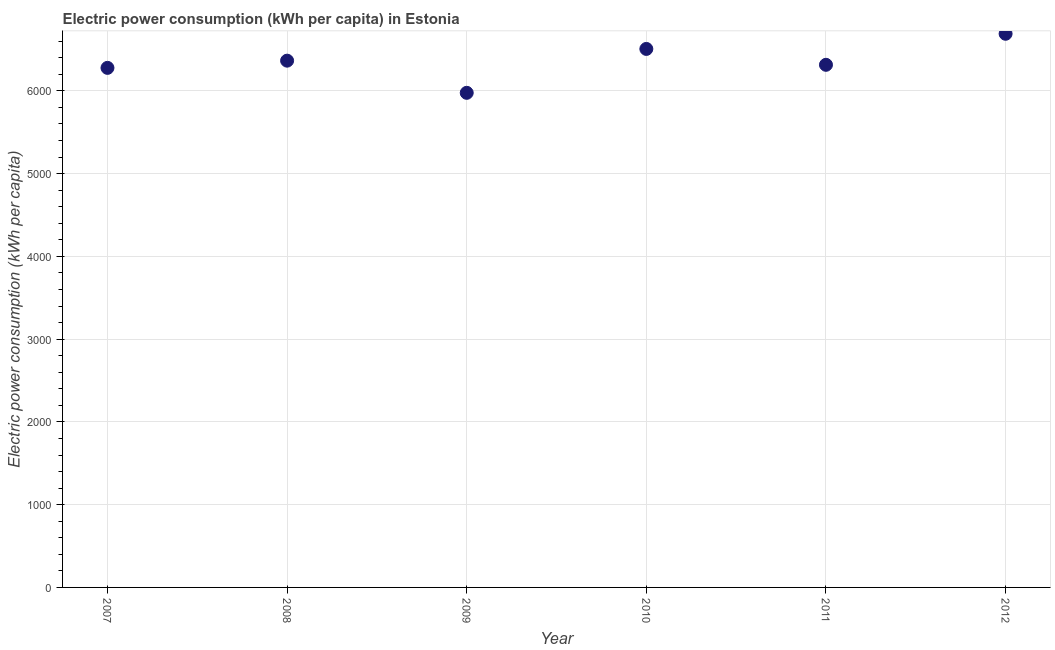
| Year | Electric power consumption |
 | --- | --- |
 | 2007 | 6.28e+03 |
 | 2008 | 6.36e+03 |
 | 2009 | 5.98e+03 |
 | 2010 | 6.51e+03 |
 | 2011 | 6.31e+03 |
 | 2012 | 6.69e+03 |